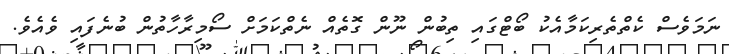
ނަމަވެސް ކެތްތެރިކަމާއެކު ބޯޓްގައި ތިބުން ނޫން ގޮތެއް ނެތްކަމަށް ސޯމިރާހާތުން ބުނެފައި ވެއެވެ.